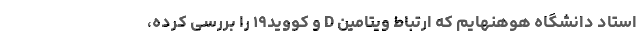
استاد دانشگاه هوهنهایم که ارتباط ویتامین D و کووید۱۹ را بررسی کرده،